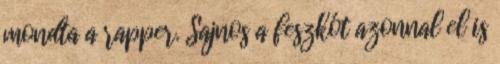
mondta a rapper. Sajnos a feszkót azonnal el is